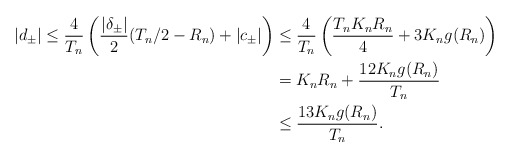
\begin{align*}|d_{\pm}| \leq \frac{4}{T_n}\left(\frac{|\delta_{\pm}|}{2}(T_n/2-R_n) + |c_{\pm}| \right)& \leq \frac{4}{T_n}\left( \frac{T_n K_n R_n}{4} + 3K_n g(R_n)\right) \\&= K_nR_n + \frac{12K_n g(R_n)}{T_n}\\& \leq \frac{13K_n g(R_n)}{T_n}.\end{align*}